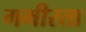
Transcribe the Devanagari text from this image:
गभीरता